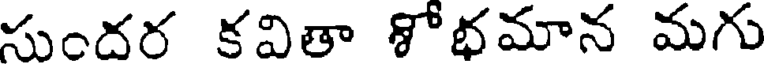
సుందర కవితా శోభమాన మగు